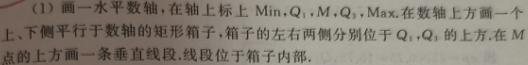
(1) 画一水平数轴, 在轴上标上 $\mathrm{Min}, Q_1, M, Q_3, \mathrm{Max}$. 在数轴上方画一个上、下侧平行于数轴的矩形线段, 箱子的左右两侧分别位于 $Q_1, Q_3$ 的上方. 在 $M$ 点的下方画一条垂直于数轴的线段位于箱子内部.